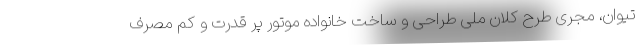
تیوان، مجری طرح کلان ملی طراحی و ساخت خانواده موتور پر قدرت و کم مصرف